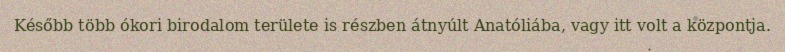
Később több ókori birodalom területe is részben átnyúlt Anatóliába, vagy itt volt a központja.